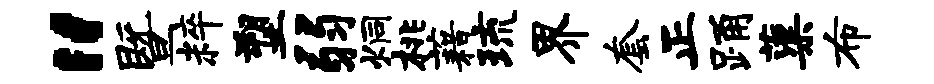
“暨粹塑弱炯桃藉琉界套正踊蕖布